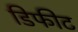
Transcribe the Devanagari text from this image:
डिफीट